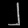
Digit: ၂